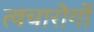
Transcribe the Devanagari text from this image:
त्वचारोगों